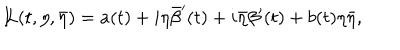
{ I \! \! L } ( t , \eta , \bar { \eta } ) = a ( t ) + i \eta \bar { \beta } ^ { \prime } ( t ) + i \bar { \eta } \beta ^ { \prime } ( t ) + b ( t ) \eta \bar { \eta } ,